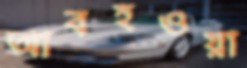
আবহওয়া